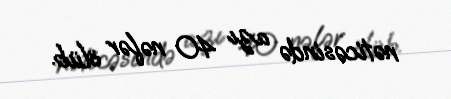
nəticəsində azı 40 nəfər ölüb.